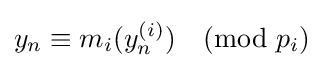
y_{n}\equiv m_{i}(y_{n}^{(i)}){\pmod {p_{i}}}